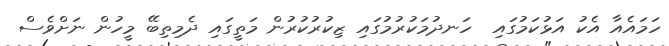
ހަމައެއާ އެކު އަޅުކަމުގައި  ހަނދުމަކުރުމުގައި ޒިކުރުކުރުން މަތީގައި ދެމިތިބޭ މީހުން ނަށްވެސް